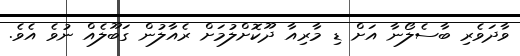
ވާދަވެރި ބާސެލޯނާ އަށް ޑި މާރިއާ ދޫކޮށްލުމަށް ރެއާލުން ގަބޫލެއް ނުވެ އެވެ.